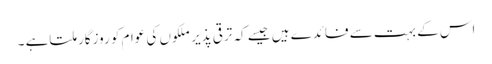
اس کے بہت سے فائدے ہیں جیسے کہ ترقی پذیر ملکوں کی عوام کو روزگار ملتاہے ۔